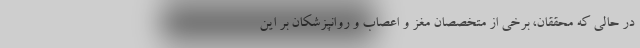
در حالی که محققان، برخی از متخصصان مغز و اعصاب و روانپزشکان بر این